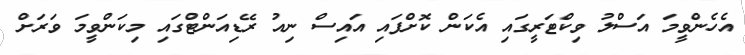
އެހެންވީމަ އަސްލު ވިކްޓަރީގައި އެކަން ކޮށްފައި އައިސް ނިއު ރޭޑިއަންޓްގައި މިކަންވީމަ ވަރަށް